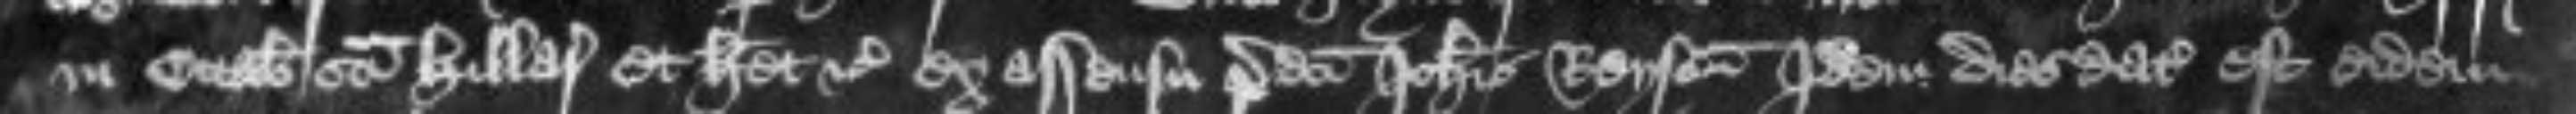
in Octabis Sancti Hillarii Et habet etc ex assensu predicti Johannis Reyson Idem dies datus est eidem